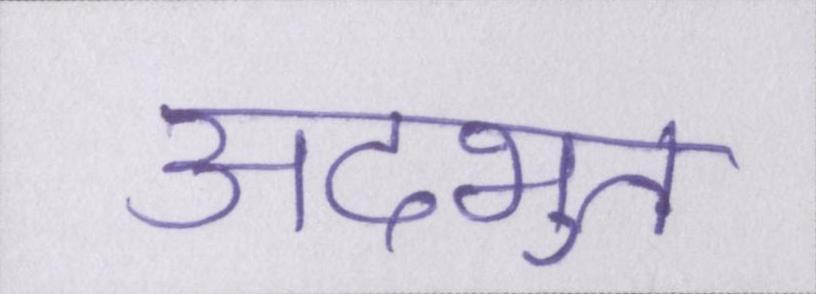
अदभुत